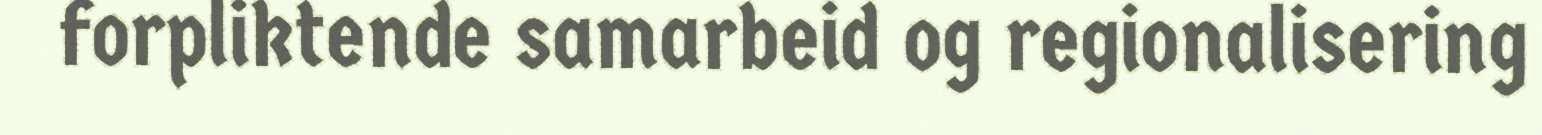
forpliktende samarbeid og regionalisering